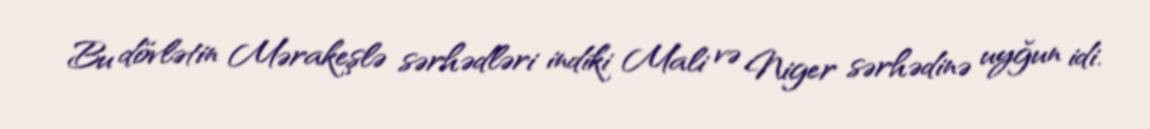
Bu dövlətin Mərakeşlə sərhədləri indiki Mali və Niger sərhədinə uyğun idi.